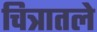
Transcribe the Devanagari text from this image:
चित्रातले